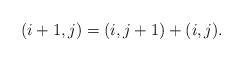
LaTeX: \begin{align*} (i+1,j) = (i,j+1) + (i,j) .\end{align*}